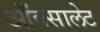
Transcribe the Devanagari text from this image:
ऑक्सालेट